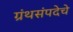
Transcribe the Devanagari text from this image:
ग्रंथसंपदेचे